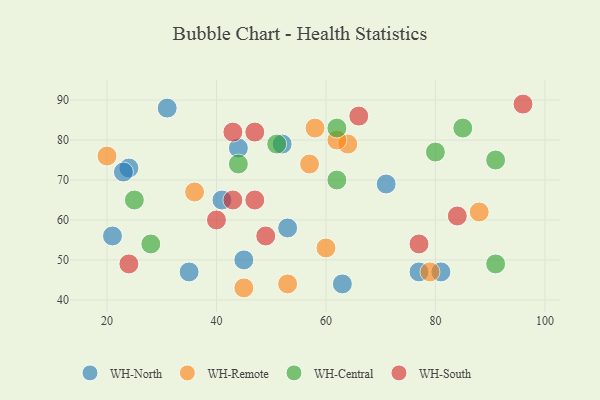
{"axis": {"x": "GDP", "y": "Life Expectancy"}, "legend": ["WH-Central", "WH-North", "WH-Remote", "WH-South"], "data": [{"x": "71", "y": 69, "type": "WH-North"}, {"x": "81", "y": 47, "type": "WH-North"}, {"x": "63", "y": 44, "type": "WH-North"}, {"x": "77", "y": 47, "type": "WH-North"}, {"x": "52", "y": 79, "type": "WH-North"}, {"x": "31", "y": 88, "type": "WH-North"}, {"x": "24", "y": 73, "type": "WH-North"}, {"x": "45", "y": 50, "type": "WH-North"}, {"x": "21", "y": 56, "type": "WH-North"}, {"x": "41", "y": 65, "type": "WH-North"}, {"x": "23", "y": 72, "type": "WH-North"}, {"x": "53", "y": 58, "type": "WH-North"}, {"x": "44", "y": 78, "type": "WH-North"}, {"x": "35", "y": 47, "type": "WH-North"}, {"x": "58", "y": 83, "type": "WH-Remote"}, {"x": "53", "y": 44, "type": "WH-Remote"}, {"x": "88", "y": 62, "type": "WH-Remote"}, {"x": "57", "y": 74, "type": "WH-Remote"}, {"x": "79", "y": 47, "type": "WH-Remote"}, {"x": "60", "y": 53, "type": "WH-Remote"}, {"x": "36", "y": 67, "type": "WH-Remote"}, {"x": "64", "y": 79, "type": "WH-Remote"}, {"x": "20", "y": 76, "type": "WH-Remote"}, {"x": "45", "y": 43, "type": "WH-Remote"}, {"x": "62", "y": 80, "type": "WH-Remote"}, {"x": "85", "y": 83, "type": "WH-Central"}, {"x": "91", "y": 75, "type": "WH-Central"}, {"x": "80", "y": 77, "type": "WH-Central"}, {"x": "91", "y": 49, "type": "WH-Central"}, {"x": "51", "y": 79, "type": "WH-Central"}, {"x": "25", "y": 65, "type": "WH-Central"}, {"x": "62", "y": 70, "type": "WH-Central"}, {"x": "28", "y": 54, "type": "WH-Central"}, {"x": "44", "y": 74, "type": "WH-Central"}, {"x": "62", "y": 83, "type": "WH-Central"}, {"x": "24", "y": 49, "type": "WH-South"}, {"x": "47", "y": 82, "type": "WH-South"}, {"x": "96", "y": 89, "type": "WH-South"}, {"x": "77", "y": 54, "type": "WH-South"}, {"x": "40", "y": 60, "type": "WH-South"}, {"x": "84", "y": 61, "type": "WH-South"}, {"x": "47", "y": 65, "type": "WH-South"}, {"x": "43", "y": 82, "type": "WH-South"}, {"x": "43", "y": 65, "type": "WH-South"}, {"x": "49", "y": 56, "type": "WH-South"}, {"x": "66", "y": 86, "type": "WH-South"}]}